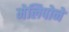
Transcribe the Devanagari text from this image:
मेलिपोने